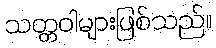
သတ္တဝါများဖြစ်သည်။